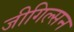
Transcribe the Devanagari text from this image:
जीगिल्सन